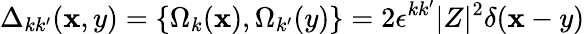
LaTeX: \Delta_{kk^{\prime}}(\mathbf{x},y)=\{ \Omega_{k}(\mathbf{x}),\Omega_{k^{\prime}}(y)\} =2\epsilon^{kk^{\prime}}|Z|^{2}\delta(\mathbf{x}-y)